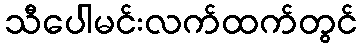
သီပေါမင်းလက်ထက်တွင်